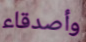
وأصدقاء